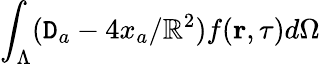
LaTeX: \int_{\Lambda}(\mathtt{D}_{a}-4x_{a}/\mathbb{R}^{2})f({\mathbf{r}},\tau)d\Omega